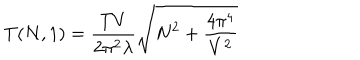
T ( N , 1 ) = \frac { T V } { 2 \pi ^ { 2 } \lambda } \sqrt { N ^ { 2 } + \frac { 4 \pi ^ { 4 } } { V ^ { 2 } } }